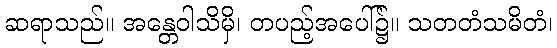
ဆရာသည်။ အန္တေဝါသိမှိ၊ တပည့်အပေါ်၌။ သတတံသမိတံ၊